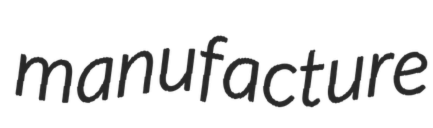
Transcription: manufacture